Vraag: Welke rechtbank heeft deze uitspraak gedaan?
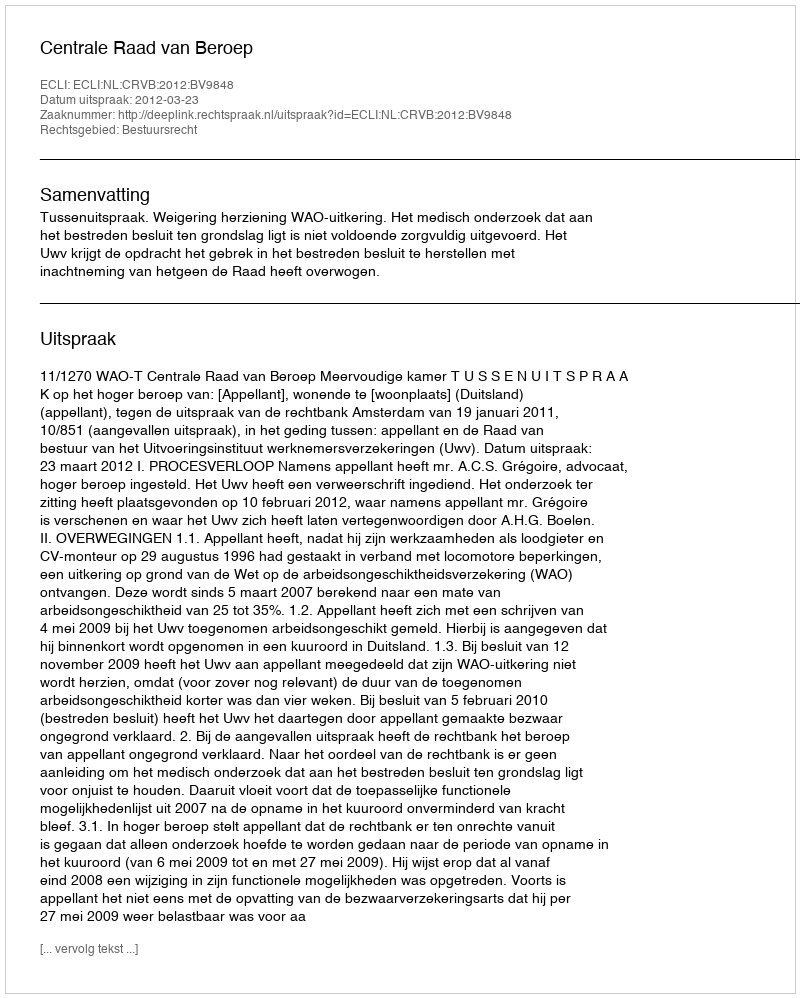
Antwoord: Centrale Raad van Beroep